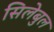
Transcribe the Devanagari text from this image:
सिलेबुल